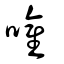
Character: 嚾